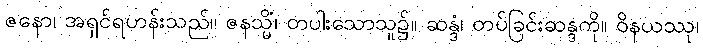
ဇနော၊ အရှင်ရဟန်းသည်။ ဇနသ္မိံ၊ တပါးသောသူ၌။ ဆန္ဒံ၊ တပ်ခြင်းဆန္ဒကို။ ဝိနယဿု၊